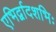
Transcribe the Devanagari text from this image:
एभिर्द्वादशभिः